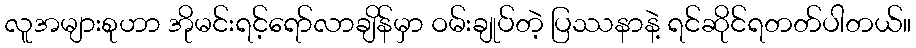
လူအများစုဟာ အိုမင်းရင့်ရော်လာချိန်မှာ ဝမ်းချုပ်တဲ့ ပြဿနာနဲ့ ရင်ဆိုင်ရတတ်ပါတယ်။